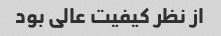
از نظر کیفیت عالی بود